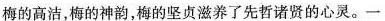
梅的高洁，梅的神韵，梅的坚贞滋养了先哲诸贤的心灵。一